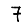
Digit: 7